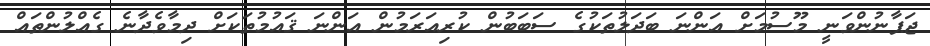
ޖަޕާނުންވަނީ މޫސުމަށް އަންނަ ބަދަލުތަކުގެ ސަބަބުން ކުރިއަރަމުން އަންނަ ޤައުމުތަކަށް ދިމާވެދާނެ ގެއްލުންތައް